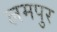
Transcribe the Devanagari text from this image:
लमपुर